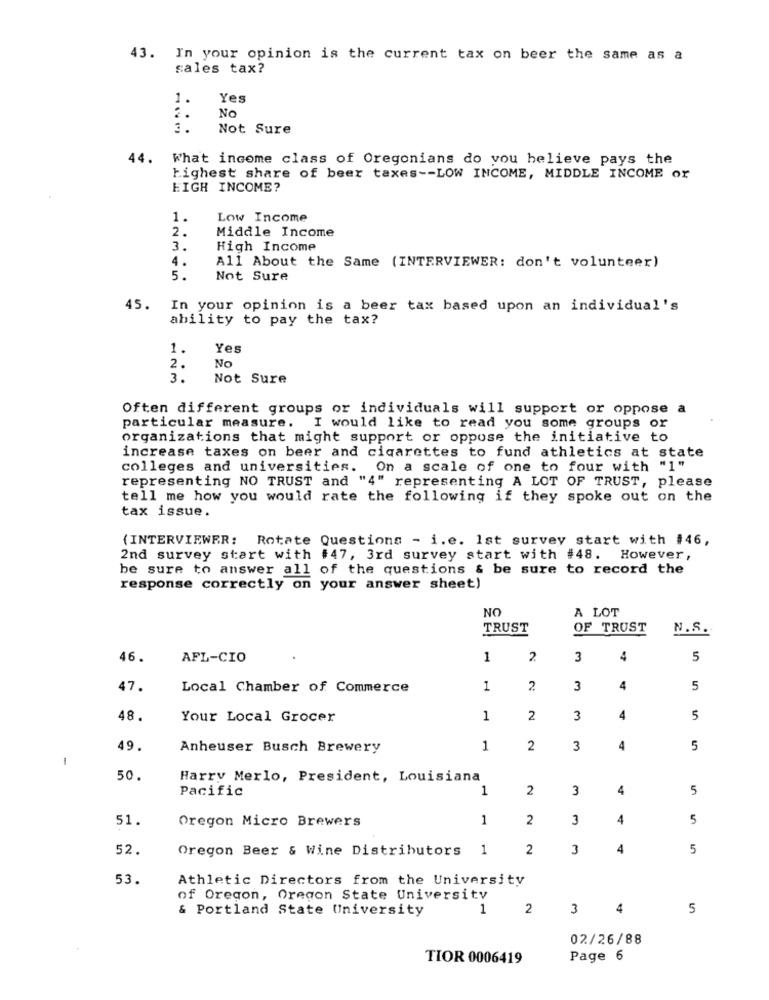
43. In your opinion is the current tax on beer the same as a
sales tax?
1.
Yes
No
. . .
Not Sure
44. What income class of Oregonians do you believe pays the
highest share of beer taxes -- LOW INCOME, MIDDLE INCOME or
EIGH INCOME?
1.
Low Income
2.
Middle Income
3.
High Income
4.
All About the Same (INTERVIEWER: don't volunteer)
5.
Not Sure
45. In your opinion is a beer tax based upon an individual's
ability to pay the tax?
1.
Yes
2.
No
3.
Not Sure
Often different groups or individuals will support or oppose a
particular measure. I would like to read you some groups or
organizations that might support or oppose the initiative to
increase taxes on beer and cigarettes to fund athletics at state
colleges and universities. On a scale of one to four with "1"
representing NO TRUST and "4" representing A LOT OF TRUST, please
tell me how you would rate the following if they spoke out on the
tax issue.
(INTERVIEWER: Rotate Questions - i.e. Ist survey start with #46,
2nd survey start with #47, 3rd survey start with #48.
However ,
be sure to answer all of the questions & be sure to record the
response correctly on your answer sheet)
NO
A LOT
TRUST
OF TRUST
N.S.
46.
AFL-CIO
1
2
3
4
5
47.
Local Chamber of Commerce
1
2
3
4
5
48.
Your Local Grocer
1
2
3
4
5
49.
Anheuser Busch Brewery
1
2
3
4
5
50.
Harry Merlo, President, Louisiana
Pacific
1
2
3
4
5
51.
Oregon Micro Brewers
1
2
3
4
5
52.
Oregon Beer & Wine Distributors
1
2
3
4
5
53.
Athletic Directors from the University
of Oregon, Oregon State University
& Portland State University
1
2
3
4
5
02/26/88
TIOR 0006419
Page 6